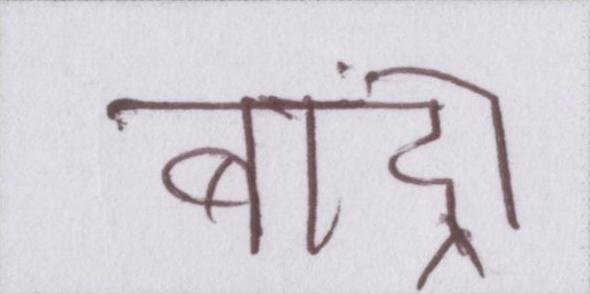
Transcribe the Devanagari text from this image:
बांद्रा